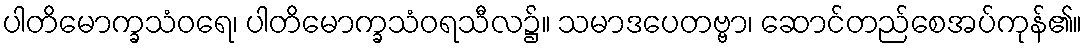
ပါတိမောက္ခသံဝရေ၊ ပါတိမောက္ခသံဝရသီလ၌။ သမာဒပေတဗ္ဗာ၊ ဆောင်တည်စေအပ်ကုန်၏။